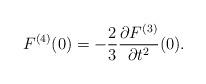
LaTeX: \begin{align*} F^{(4)}(0)=-\frac{2}{3}\frac{\partial F^{(3)}}{\partial t^2}(0).\end{align*}